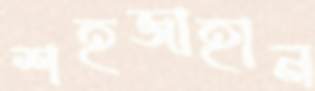
শহজাহান